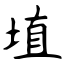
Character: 埴